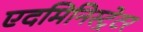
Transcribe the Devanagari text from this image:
एदमिनिस्ट्रेटर